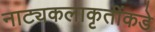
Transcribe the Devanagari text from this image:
नाट्यकलाकृतींकडे